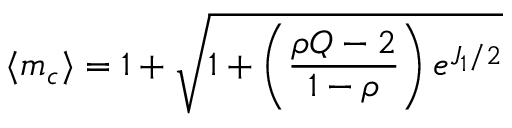
\langle m _ { c } \rangle = 1 + \sqrt { 1 + \left( \frac { \rho Q - 2 } { 1 - \rho } \right) e ^ { J _ { 1 } / 2 } }